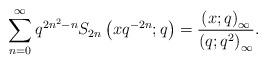
LaTeX: \begin{align*}\sum_{n=0}^{\infty}q^{2n^{2}-n}S_{2n}\left(xq^{-2n};q\right)=\frac{\left(x;q\right)_{\infty}}{\left(q;q^{2}\right)_{\infty}}.\end{align*}